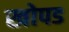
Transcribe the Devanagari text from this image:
खोपड